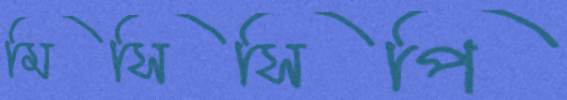
মিসিসিপি